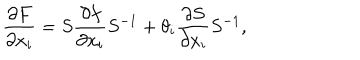
LaTeX: \frac { \partial F } { \partial x _ { i } } = S \frac { \partial f } { \partial x _ { i } } S ^ { - 1 } + \theta _ { i } \frac { \partial S } { \partial x _ { i } } S ^ { - 1 } ,